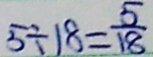
5 \div 1 8 = \frac { 5 } { 1 8 }